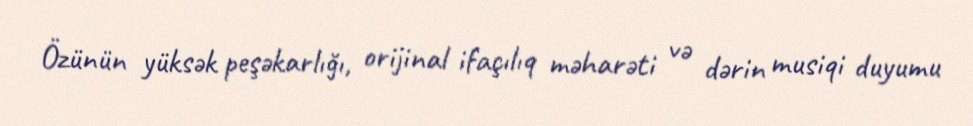
Özünün yüksək peşəkarlığı, orijinal ifaçılıq məharəti və dərin musiqi duyumu